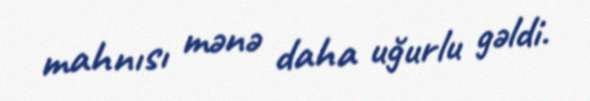
mahnısı mənə daha uğurlu gəldi.